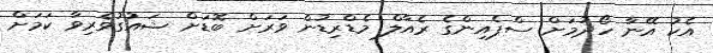
އެކު އޭނާ ހޯދުމަށް ސްޕެއިންގެ ރެއާލް މެޑްރިޑުން ވަރަށް ބޮޑަށް ޝައުގުވެރިވާ ކަމަށް